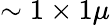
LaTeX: \sim 1\times 1\mu